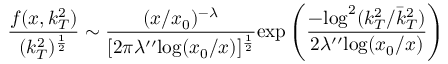
\frac { f ( x , k _ { T } ^ { 2 } ) } { ( k _ { T } ^ { 2 } ) ^ { \frac { 1 } { 2 } } } \sim \frac { ( x / x _ { 0 } ) ^ { - \lambda } } { [ 2 \pi \lambda ^ { \prime \prime } \mathrm { l o g } ( x _ { 0 } / x ) ] ^ { \frac { 1 } { 2 } } } \mathrm { e x p } \left( \frac { - \mathrm { l o g } ^ { 2 } ( k _ { T } ^ { 2 } / \bar { k } _ { T } ^ { 2 } ) } { 2 \lambda ^ { \prime \prime } \mathrm { l o g } ( x _ { 0 } / x ) } \right)